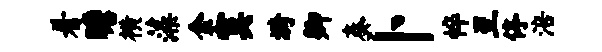
着瞻横藻金寞漪卿奏卜悴至停涪